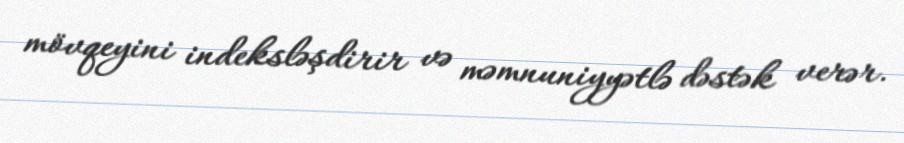
mövqeyini indeksləşdirir və məmnuniyyətlə dəstək verər.